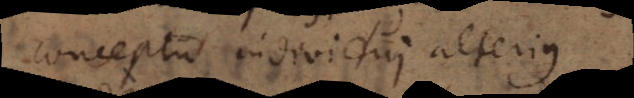
conceptu individui alterius.